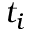
t _ { i }